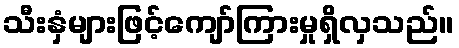
သီးနှံများဖြင့်ကျော်ကြားမှုရှိလှသည်။